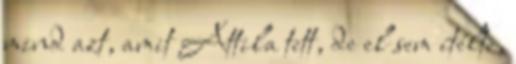
mind azt, amit Attila tett, de el sem ítélte,